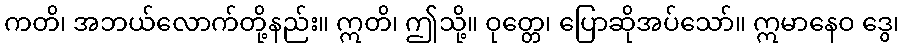
ကတိ၊ အဘယ်လောက်တို့နည်း။ ဣတိ၊ ဤသို့။ ဝုတ္တေ၊ ပြောဆိုအပ်သော်။ ဣမာနေဝ ဒွေ၊